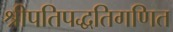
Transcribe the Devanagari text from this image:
श्रीपतिपद्धतिगणित